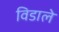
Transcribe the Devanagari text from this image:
विडाले